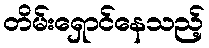
တိမ်းရှောင်နေသည့်